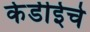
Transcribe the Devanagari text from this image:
केडीईचे